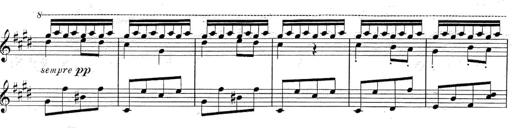
Title: Le rossignol
Composer: Franz Liszt